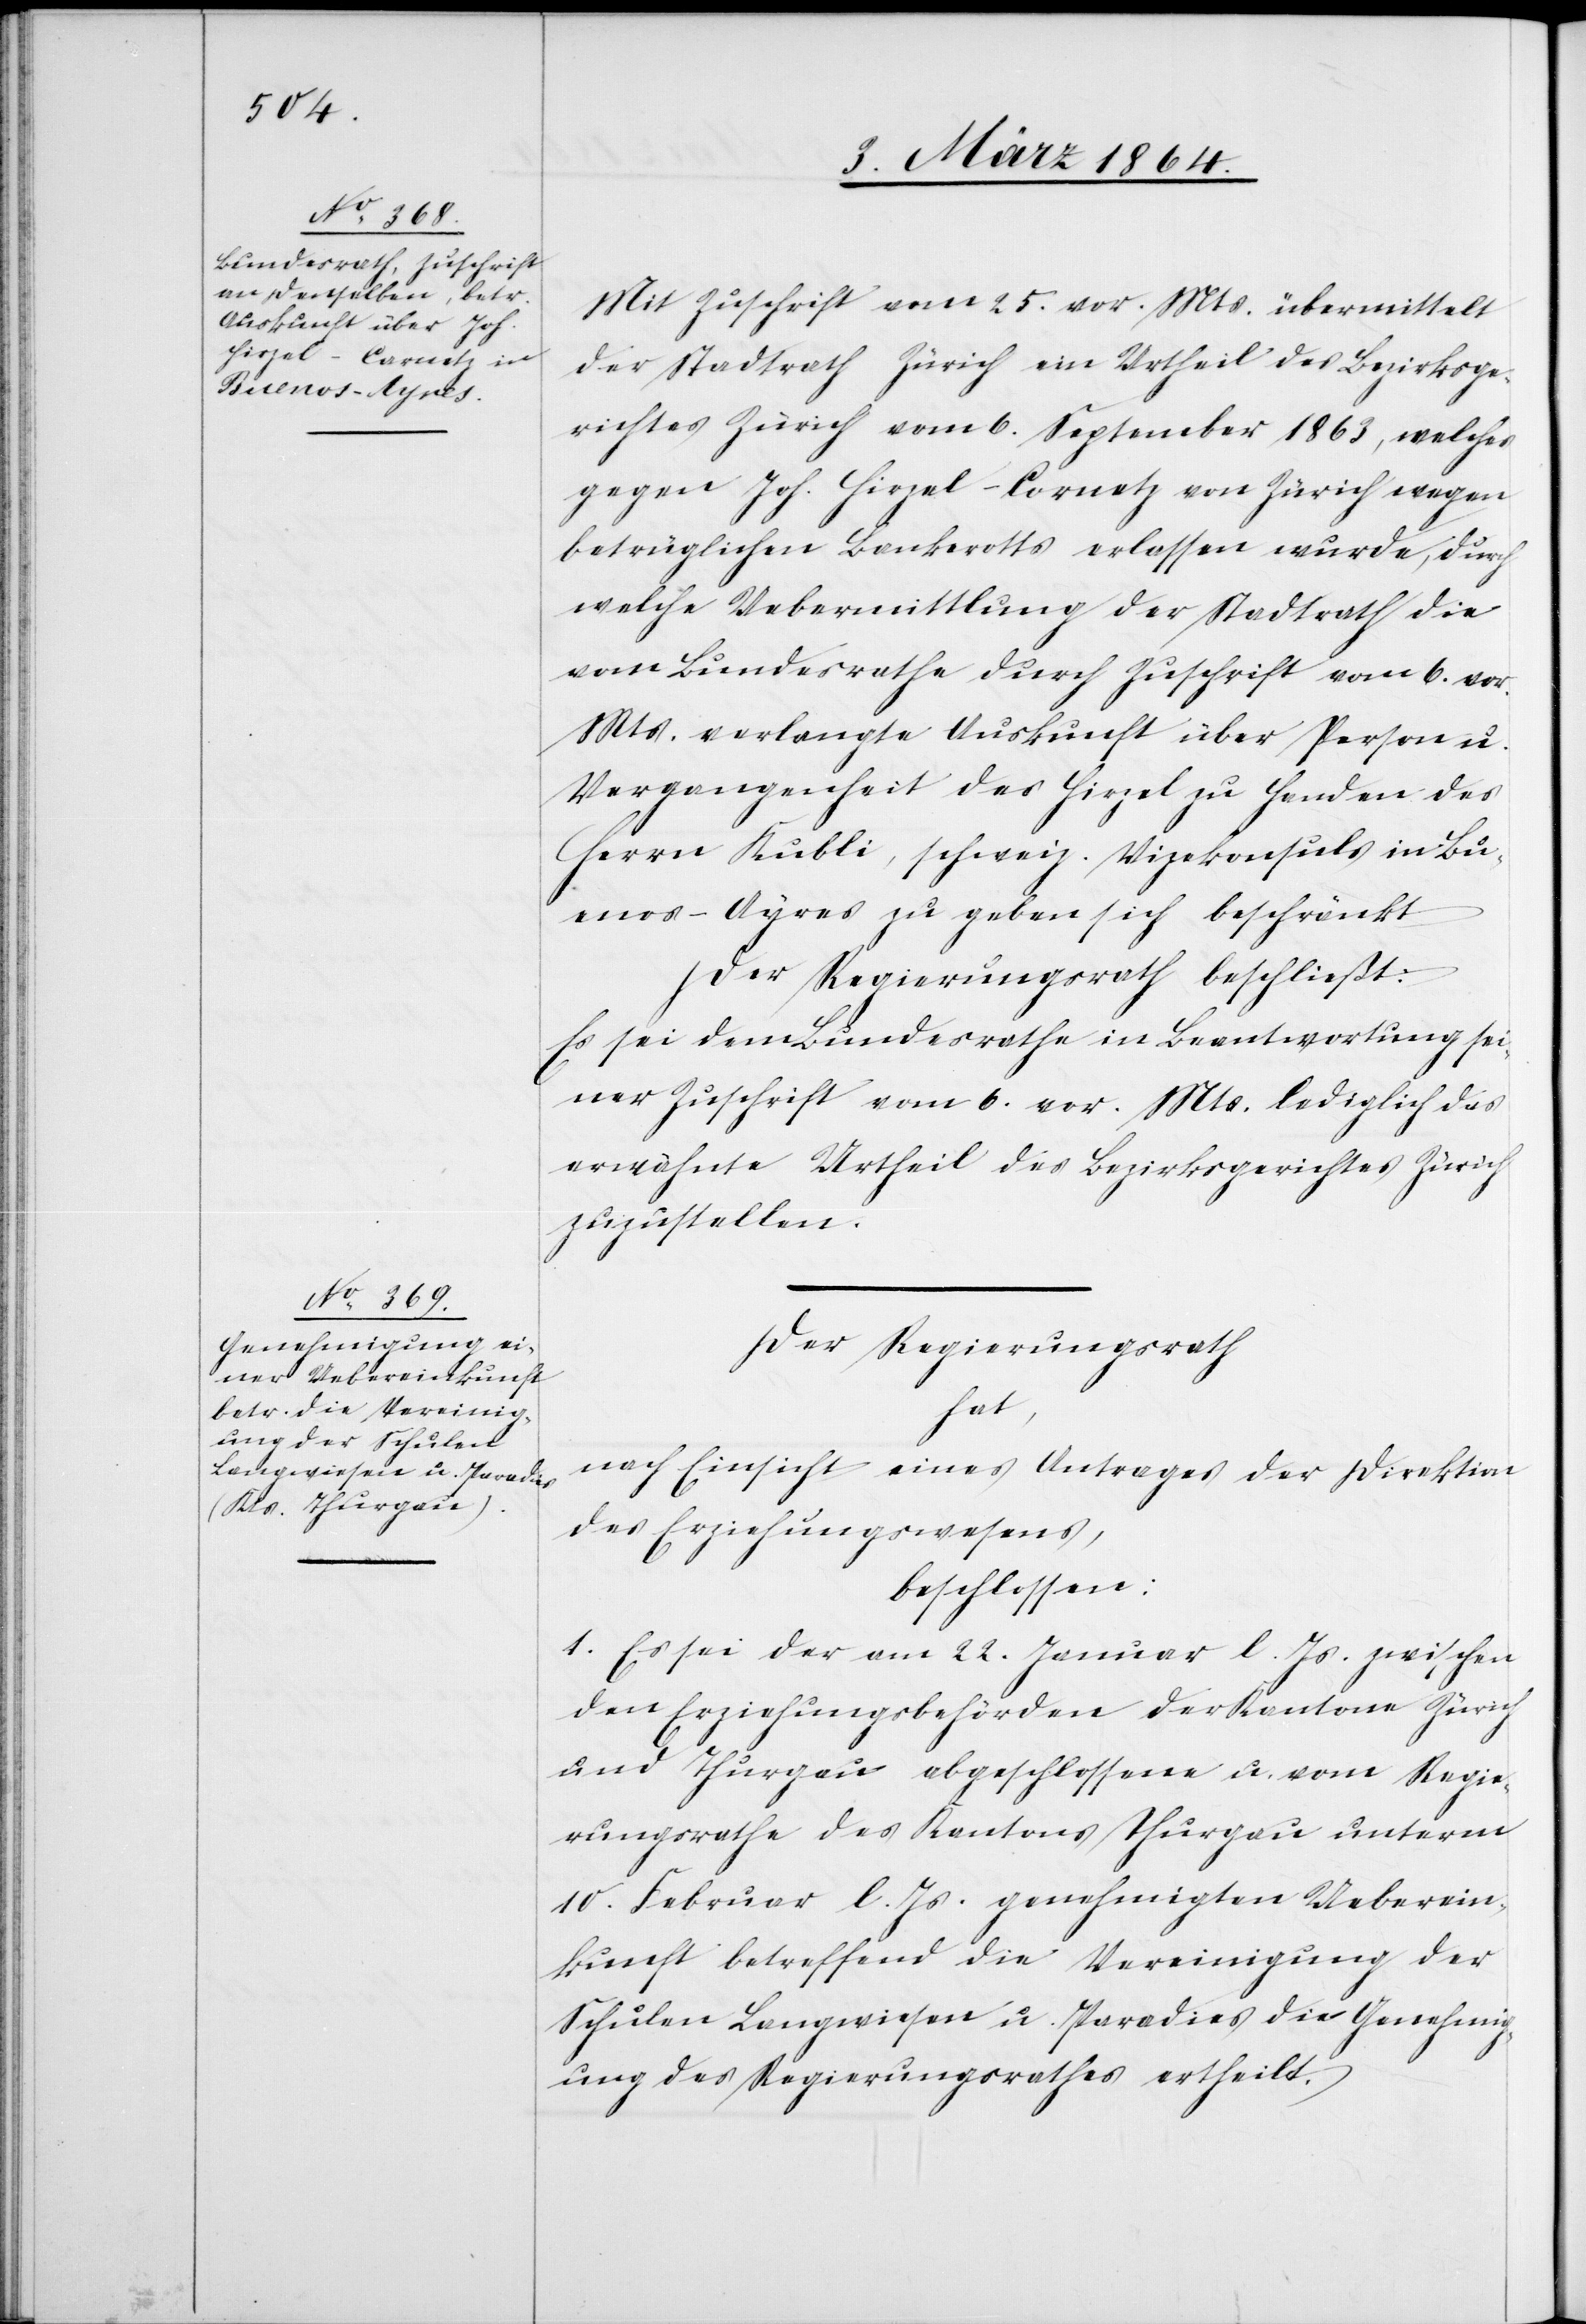
Mit Zuschrift vom 25. vor. Mts. übermittelt
der Stadtrath Zürich ein Urtheil des Bezirksge¬
richtes Zürich vom 6. September 1863, welches
gegen Joh. Hirzel-Cornetz von Zürich wegen
betrüglichen Bankerotts erlassen wurde, durch
welche Uebermittlung der Stadtrath die
vom Bundesrathe durch Zuschrift vom 6. vor.
Mts. verlangte Auskunft über Person u.
Vergangenheit des Hirzel zu Handen des
Herrn Kubli, schweiz. Vizekonsuls in Bu¬
enos-Ayres zu geben sich beschränkt[.]
Der Regierungsrath beschließt:
Es sei dem Bundesrathe in Beantwortung sei¬
ner Zuschrift vom 6. vor. Mts. lediglich das
erwähnte Urtheil des Bezirksgerichtes Zürich
zuzustellen.
Der Regierungsrath
hat,
nach Einsicht eines Antrages der Direktion
des Erziehungswesens,
beschlossen:
1. Es sei der am 22. Januar l. Js. zwischen
den Erziehungsbehörden der Kantone Zürich
und Thurgau abgeschlossene u. vom Regie¬
rungsrathe des Kantons Thurgau unterm
10. Februar l. Js. genehmigten Ueberein¬
kunft betreffend die Vereinigung der
Schulen Langwiesen u. Paradies die Genehmig¬
ung des Regierungsrathes ertheilt.